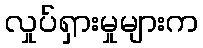
လှုပ်ရှားမှုများက